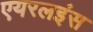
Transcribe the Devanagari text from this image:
एयरलइंस